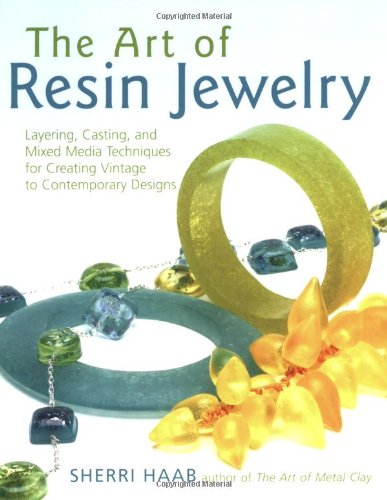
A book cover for The Art of Resin Jewelry: Layering, Casting, and Mixed Media Techniques for Creating Vintage to Contemporary Designs; Sherri Haab; Medical Books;